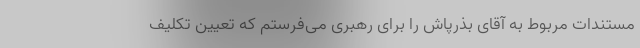
مستندات مربوط به آقای بذرپاش را برای رهبری می‌فرستم که تعیین تکلیف